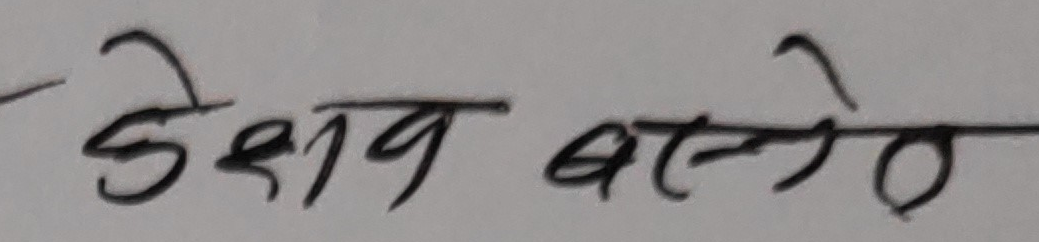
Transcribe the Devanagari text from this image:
केशव बस्नेत